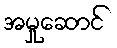
အမှုဆောင်